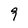
Character: 9